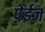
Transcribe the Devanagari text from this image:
पेईज